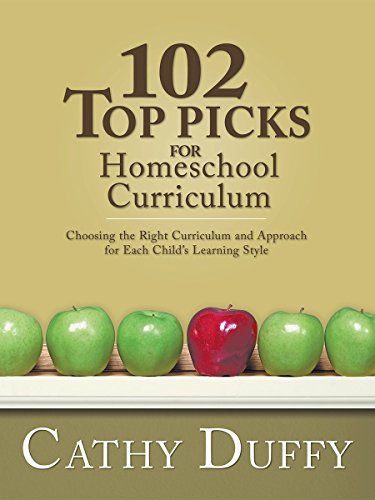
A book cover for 102 Top Picks for Homeschool Curriculum; Cathy Duffy; Education & Teaching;